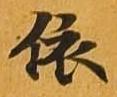
依